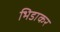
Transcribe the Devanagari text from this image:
भिडाकर